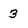
Character: 3